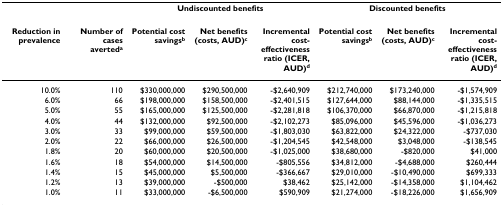
<table><thead><tr><td></td><td></td><td colspan="3"><b>Undiscounted benefits</b></td><td colspan="3"><b>Discounted benefits</b></td></tr><tr><td><b>Reduction in prevalence</b></td><td><b>Number of cases averted<sup>a</sup></b></td><td><b>Potential cost savings<sup>b</sup></b></td><td><b>Net benefits (costs, AUD)<sup>c</sup></b></td><td><b>Incremental cost-effectiveness ratio (ICER, AUD)<sup>d</sup></b></td><td><b>Potential cost savings<sup>b</sup></b></td><td><b>Net benefits (costs, AUD)<sup>c</sup></b></td><td><b>Incremental cost-effectiveness ratio (ICER, AUD)<sup>d</sup></b></td></tr></thead><tbody><tr><td>10.0%</td><td>110</td><td>$330,000,000</td><td>$290,500,000</td><td>-$2,640,909</td><td>$212,740,000</td><td>$173,240,000</td><td>-$1,574,909</td></tr><tr><td>6.0%</td><td>66</td><td>$198,000,000</td><td>$158,500,000</td><td>-$2,401,515</td><td>$127,644,000</td><td>$88,144,000</td><td>-$1,335,515</td></tr><tr><td>5.0%</td><td>55</td><td>$165,000,000</td><td>$125,500,000</td><td>-$2,281,818</td><td>$106,370,000</td><td>$66,870,000</td><td>-$1,215,818</td></tr><tr><td>4.0%</td><td>44</td><td>$132,000,000</td><td>$92,500,000</td><td>-$2,102,273</td><td>$85,096,000</td><td>$45,596,000</td><td>-$1,036,273</td></tr><tr><td>3.0%</td><td>33</td><td>$99,000,000</td><td>$59,500,000</td><td>-$1,803,030</td><td>$63,822,000</td><td>$24,322,000</td><td>-$737,030</td></tr><tr><td>2.0%</td><td>22</td><td>$66,000,000</td><td>$26,500,000</td><td>-$1,204,545</td><td>$42,548,000</td><td>$3,048,000</td><td>-$138,545</td></tr><tr><td>1.8%</td><td>20</td><td>$60,000,000</td><td>$20,500,000</td><td>-$1,025,000</td><td>$38,680,000</td><td>-$820,000</td><td>$41,000</td></tr><tr><td>1.6%</td><td>18</td><td>$54,000,000</td><td>$14,500,000</td><td>-$805,556</td><td>$34,812,000</td><td>-$4,688,000</td><td>$260,444</td></tr><tr><td>1.4%</td><td>15</td><td>$45,000,000</td><td>$5,500,000</td><td>-$366,667</td><td>$29,010,000</td><td>-$10,490,000</td><td>$699,333</td></tr><tr><td>1.2%</td><td>13</td><td>$39,000,000</td><td>-$500,000</td><td>$38,462</td><td>$25,142,000</td><td>-$14,358,000</td><td>$1,104,462</td></tr><tr><td>1.0%</td><td>11</td><td>$33,000,000</td><td>-$6,500,000</td><td>$590,909</td><td>$21,274,000</td><td>-$18,226,000</td><td>$1,656,909</td></tr></tbody></table>